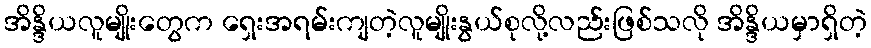
အိန္ဒိယလူမျိုးတွေက ရှေးအရမ်းကျတဲ့လူမျိုးနွယ်စုလို့လည်းဖြစ်သလို အိန္ဒိယမှာရှိတဲ့